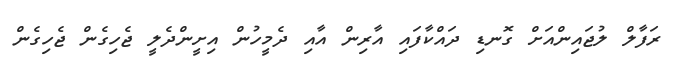
ރަފާލް ލުޖައިންއަށް ގޮނޑި ދައްކާފައި އާރިން އާއި ދެމީހުން އިށީންދެލީ ޖެހިގެން ޖެހިގެން